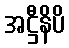
အဋ္ဌီနိပိ